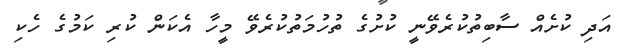
އަދި ކުށެއް ސާބިތުކުރެވޭނީ ކުށުގެ ތުހުމަތުކުރެވޭ މީހާ އެކަން ކުރި ކަމުގެ ހެކި